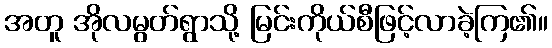
အတူ အိုလမွတ်ရွာသို့ မြင်းကိုယ်စီဖြင့်လာခဲ့ကြ၏။